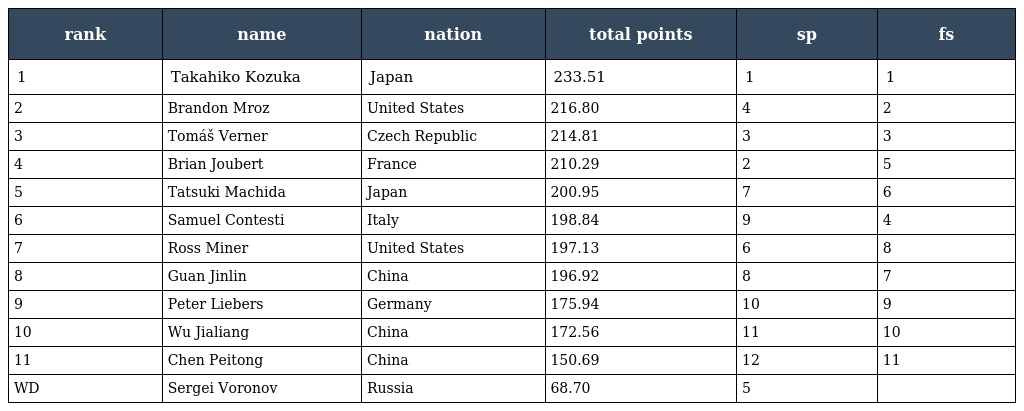
| rank | name | nation | total points | sp | fs |
 | --- | --- | --- | --- | --- | --- |
 | 1 | Takahiko Kozuka | Japan | 233.51 | 1 | 1 |
 | 2 | Brandon Mroz | United States | 216.80 | 4 | 2 |
 | 3 | Tomáš Verner | Czech Republic | 214.81 | 3 | 3 |
 | 4 | Brian Joubert | France | 210.29 | 2 | 5 |
 | 5 | Tatsuki Machida | Japan | 200.95 | 7 | 6 |
 | 6 | Samuel Contesti | Italy | 198.84 | 9 | 4 |
 | 7 | Ross Miner | United States | 197.13 | 6 | 8 |
 | 8 | Guan Jinlin | China | 196.92 | 8 | 7 |
 | 9 | Peter Liebers | Germany | 175.94 | 10 | 9 |
 | 10 | Wu Jialiang | China | 172.56 | 11 | 10 |
 | 11 | Chen Peitong | China | 150.69 | 12 | 11 |
 | WD | Sergei Voronov | Russia | 68.70 | 5 |  |